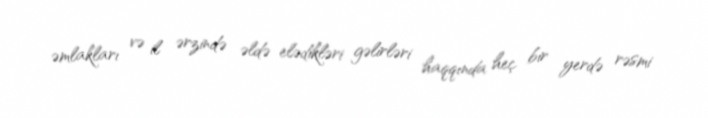
əmlakları və il ərzində əldə elədikləri gəlirləri haqqında heç bir yerdə rəsmi